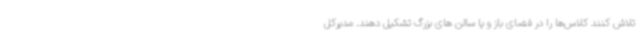
تلاش کنند کلاس‌ها را در فضای باز و یا سالن های بزرگ تشکیل دهند. مدیرکل